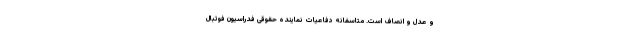
و عدل و انصاف است. متاسفانه دفاعیات نماینده حقوقی فدراسیون فوتبال